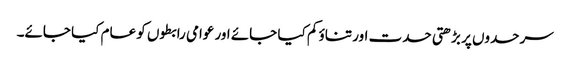
سرحدوں پر بڑھتی حدت اور تناؤ کم کیا جائے اور عوامی رابطوں کو عام کیا جائے۔